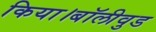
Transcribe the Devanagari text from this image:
किया।बॉलीवुड